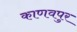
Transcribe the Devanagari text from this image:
काणवपुर